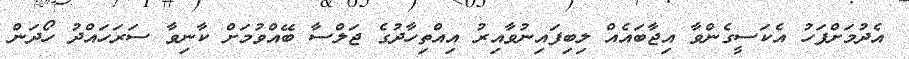
އެދުމަށްފަހު އެކަސީގެންވާ އިޖާބައެއް ލިބިފައިނުވާއިރު އިއްތިހާދުގެ ޖަލްސާ ބޭއްވުމަށް ކާނިވާ ސަރަހައްދު ހޯދަން